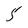
Character: 5